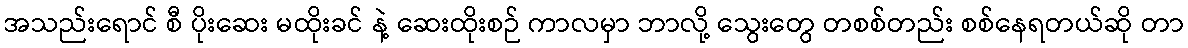
အသည်းရောင် စီ ပိုးဆေး မထိုးခင် နဲ့ ဆေးထိုးစဉ် ကာလမှာ ဘာလို့ သွေးတွေ တစစ်တည်း စစ်နေရတယ်ဆို တာ